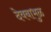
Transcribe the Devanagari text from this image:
देवबाभुळ